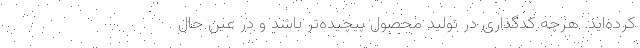
کرده‌اید. هرچه کدگذاری در تولید محصول پیچیده‌تر باشد و در عین حال